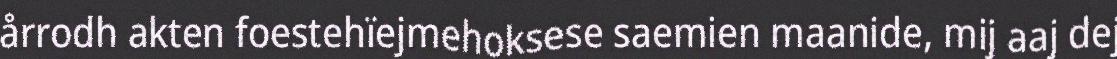
årrodh akten foestehïejmehoksese saemien maanide, mij aaj dej